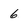
Character: 6